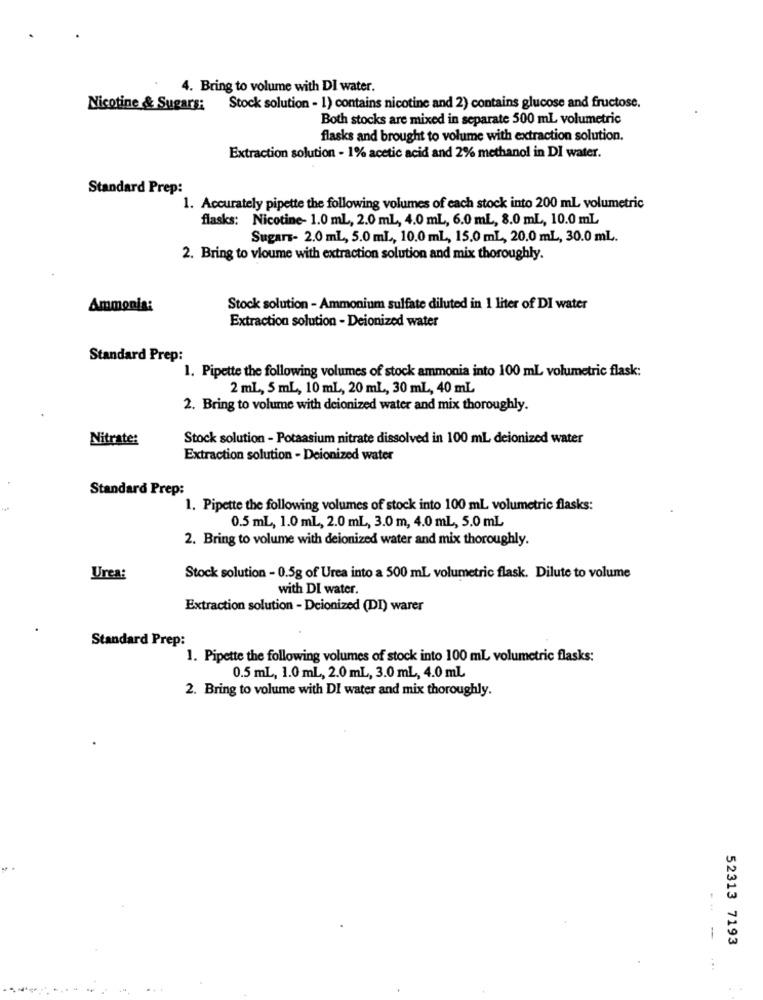
4. Bring to volume with DI water.
Nicotine & Sugars:
Stock solution - 1) contains nicotine and 2) contains glucose and fructose.
Both stocks are mixed in separate 500 ml volumetric
flasks and brought to volume with extraction solution.
Extraction solution - 1% acetic acid and 2% methanol in DI water.
Standard Prep:
1. Accurately pipette the following volumes of each stock into 200 ml volumetric
flasks: Nicotine- 1.0 mL, 2.0 mL, 4.0 mL, 6.0 mL, 8.0 mL, 10.0 mL
Sugars- 2.0 mL, 5.0 mL ., 10.0 mL, 15.0 mL, 20.0 mL, 30.0 mL.
2. Bring to vloume with extraction solution and mix thoroughly.
Ammonia:
Stock solution - Ammonium sulfate diluted in 1 liter of DI water
Extraction solution - Deionized water
Standard Prep:
1. Pipette the following volumes of stock ammonia into 100 ml volumetric flask:
2 mL, 5 mL, 10 mL, 20 mL, 30 mL, 40 mL
2. Bring to volume with deionized water and mix thoroughly.
Nitrate:
Stock solution - Potassium nitrate dissolved in 100 ml deionized water
Extraction solution - Deionized water
Standard Prep:
1. Pipette the following volumes of stock into 100 ml volumetric flasks:
0.5 mL, 1.0 mL, 2.0 mL, 3.0 m, 4.0 mL, 5.0 mL
2. Bring to volume with deionized water and mix thoroughly.
Urea:
Stock solution - 0.5g of Urea into a 500 mL volumetric flask. Dilute to volume
with DI water.
Extraction solution - Deionized (DI) warer
Standard Prep:
1. Pipette the following volumes of stock into 100 ml volumetric flasks:
0.5 mL, 1.0 mL, 2.0 mL, 3.0 mL, 4.0 ml
2. Bring to volume with DI water and mix thoroughly.
-
52313 7193
. .